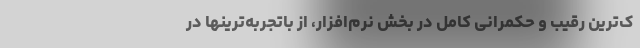
ک‌ترین رقیب و حکمرانی کامل در بخش نرم‌افزار، از باتجربه‌ترینها در